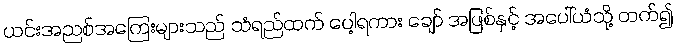
ယင်းအညစ်အကြေးများသည် သံရည်ထက် ပေါ့ရကား ချော် အဖြစ်နှင့် အပေါ်ယံသို့ တက်၍